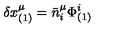
\delta x _ { ( 1 ) } ^ { \mu } = \bar { n } _ { i } ^ { \mu } \Phi _ { ( 1 ) } ^ { i }